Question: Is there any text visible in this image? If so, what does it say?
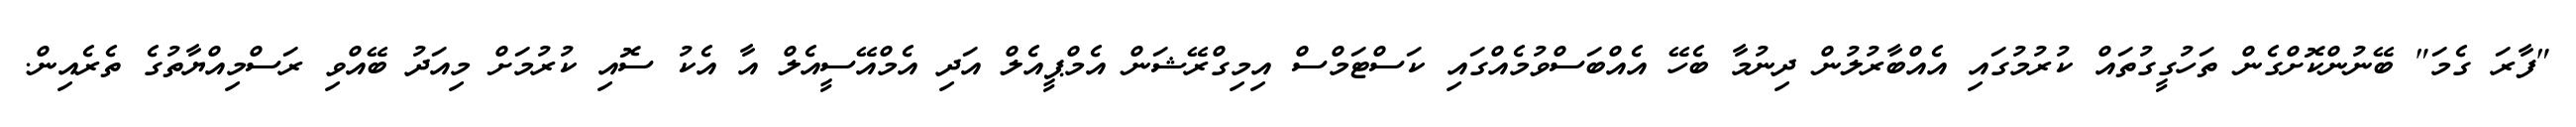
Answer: "ފާރަ ގެމަ" ބޭނުންކޮށްގެން ތަހުގީގުތައް ކުރުމުގައި އެއްބާރުލުން ދިނުމާ ބެހޭ އެއްބަސްވުމެއްގައި ކަސްޓަމްސް އިމިގްރޭޝަން އެމްޕީއެލް އަދި އެމްއޭސީއެލް އާ އެކު ސޮއި ކުރުމަށް މިއަދު ބޭއްވި ރަސްމިއްޔާތުގެ ތެރެއިން.